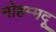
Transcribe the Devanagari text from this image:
मोहम्मदू